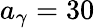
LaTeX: a_{\gamma}=30